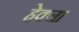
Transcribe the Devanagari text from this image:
हेक्जा